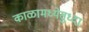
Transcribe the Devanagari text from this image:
काळामध्येसुध्दा